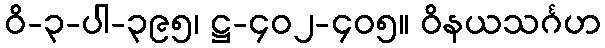
ဝိ-၃-ပါ-၃၉၅၊ ဋ္ဌ-၄၀၂-၄၀၅။ ဝိနယသင်္ဂဟ